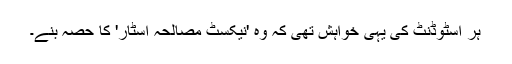
ہر اسٹوڈنٹ کی یہی خواہش تھی کہ وہ 'نیکسٹ مصالحہ اسٹار' کا حصہ بنے۔